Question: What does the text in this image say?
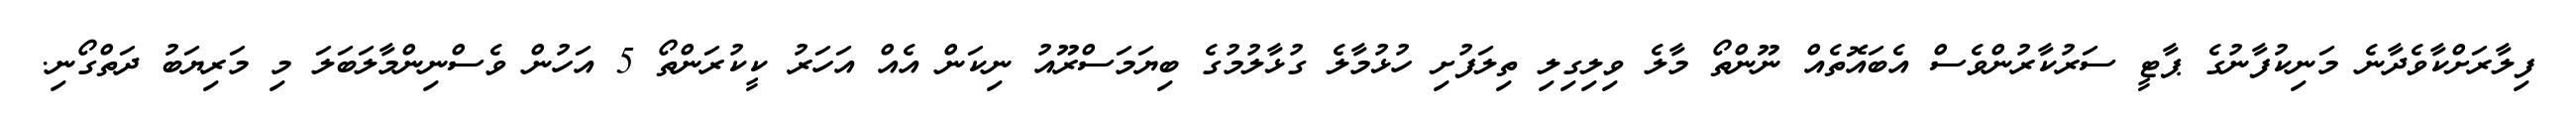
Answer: ފިލާރަށްކާވެދާނެ މަނިކުފާނުގެ ޕާޓީ ސަރުކާރުންވެސް އެބައޮތެއް ނޫންތޯ މާލެ ވިލިގިލި ތިލަފުށި ހުޅުމާލެ ގުޅާލުމުގެ ބިޔަމަސްރޫއު ނިކަން އެއް އަހަރު ކީކުރަންތޯ 5 އަހުން ވެސްނިންމާލަބަލަ މި މަރިޔަބު ދަތްގޯނި.